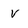
Character: v